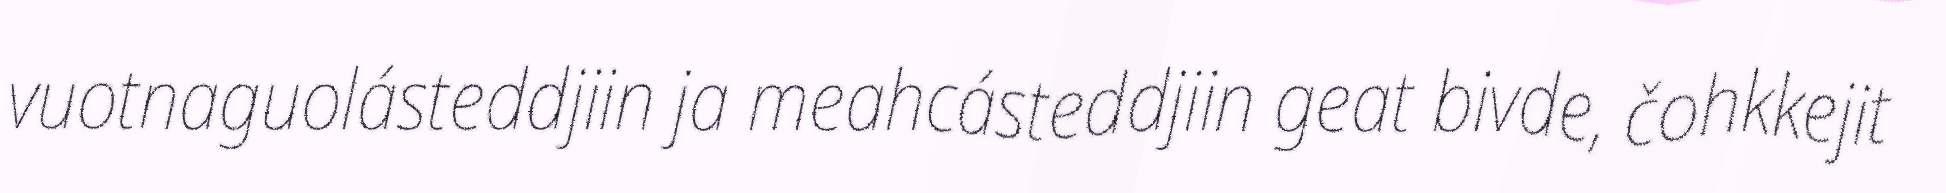
vuotnaguolásteddjiin ja meahcásteddjiin geat bivde, čohkkejit